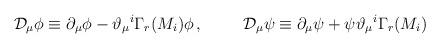
LaTeX: \begin{align*}\mathcal{D}_{\mu}\phi\equiv \partial_{\mu}\phi - \vartheta_{\mu}{}^{i}\Gamma_{r}(M_{i})\phi\, ,\hspace{1cm} \mathcal{D}_{\mu}\psi\equiv \partial_{\mu}\psi +\psi\vartheta_{\mu}{}^{i}\Gamma_{r}(M_{i})\,\end{align*}